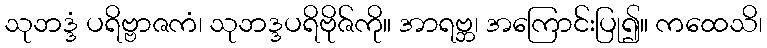
သုဘဒ္ဒံ ပရိဗ္ဗာဇကံ၊ သုဘဒ္ဒပရိဗိုဇ်ကို။ အာရဗ္ဘ၊ အကြောင်းပြု၍။ ကထေသိ၊